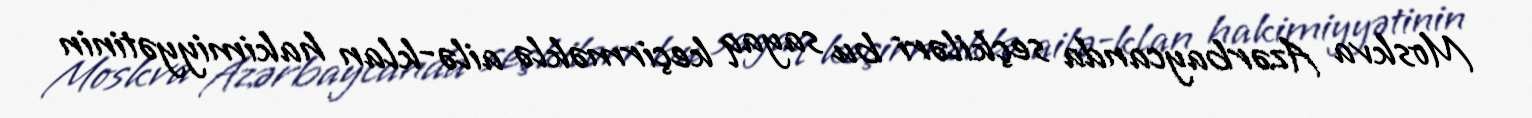
Moskva Azərbaycanda seçkiləri bu sayaq keçirməklə ailə-klan hakimiyyətinin